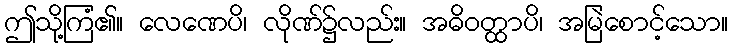
ဤသို့ကြံ၏။ လေဏေပိ၊ လိုဏ်၌လည်း။ အဓိဝတ္ထာပိ၊ အမြဲစောင့်သော။